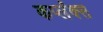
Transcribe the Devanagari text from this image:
कर्प्लंक्स